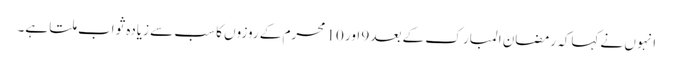
انہو ں نے کہاکہ رمضان المبار ک کے بعد 9 اور 10 محرم کے روزوں کا سب سے زیادہ ثواب ملتا ہے۔